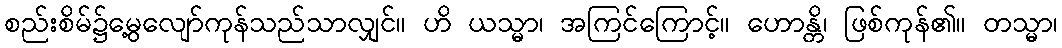
စည်းစိမ်၌မွေ့လျော်ကုန်သည်သာလျှင်။ ဟိ ယသ္မာ၊ အကြင်ကြောင့်။ ဟောန္တိ၊ ဖြစ်ကုန်၏။ တသ္မာ၊